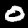
Digit: 0